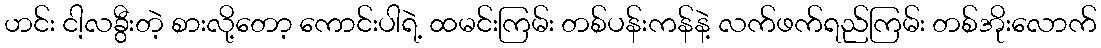
ဟင်း ငါ့လခွီးတဲ့ စားလို့တော့ ကောင်းပါရဲ့ ထမင်းကြမ်း တစ်ပန်းကန်နဲ့ လက်ဖက်ရည်ကြမ်း တစ်အိုးလောက်